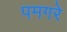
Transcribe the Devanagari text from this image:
पमगरे